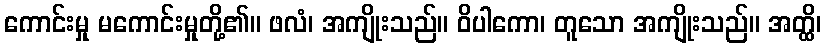
ကောင်းမှု မကောင်းမှုတို့၏။ ဖလံ၊ အကျိုးသည်။ ဝိပါကော၊ တူသော အကျိုးသည်။ အတ္ထိ၊